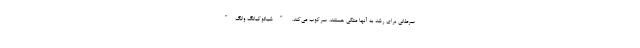
سرطانی برای رشد به آنها متکی هستند، سرکوب می‌کند. "شیائوکیانگ وانگ"